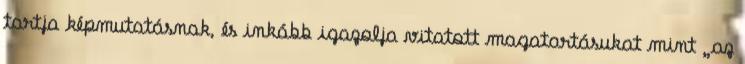
tartja képmutatásnak, és inkább igazolja vitatott magatartásukat mint „az